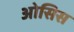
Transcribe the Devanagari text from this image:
ओसिस